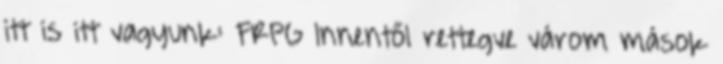
itt is itt vagyunk: FRPG Innentől rettegve várom mások